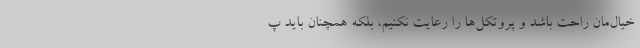
خیال‌مان راحت باشد و پروتکل‌ها را رعایت نکنیم، بلکه همچنان باید پ